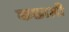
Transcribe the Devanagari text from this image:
कछाली